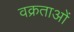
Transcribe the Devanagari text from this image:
वक्रताओं